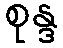
စုန္ဒ